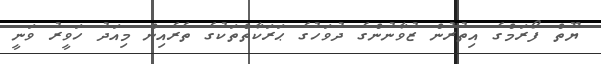
ޔޫތް ފޯރަމްގެ އިތުރުން ޒުވާނުންގެ ދުވަހުގެ ޙަރަކާތްތަކުގެ ތެރެއިން މިއަދު ހަވީރު ވަނީ